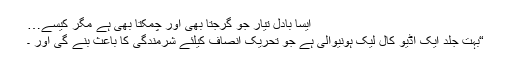
ایسا بادل تیار جو گرجتا بھی اور چمکتا بھی ہے مگر کیسے…
“بہت جلد ایک آڈیو کال لیک ہونیوالی ہے جو تحریک انصاف کیلئے شرمندگی کا باعث بنے گی اور ۔